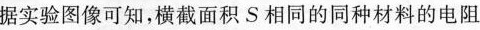
据实验图像可知，横截面积S相同的同种材料的电阻